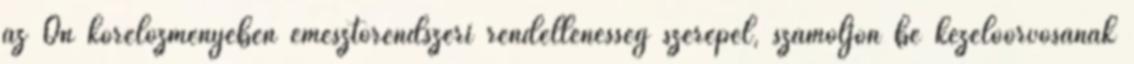
az Ön kórelőzményében emésztőrendszeri rendellenesség szerepel, számoljon be kezelőorvosának